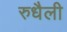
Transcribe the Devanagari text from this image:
रुधैली